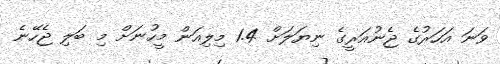
ވަނަ އަހަރުގެ ޖެނުއަރީގެ ނިޔަލަށް 1.4 މިލިއަން މީހުނަށް މި ބަލި ޖެހޭނެ